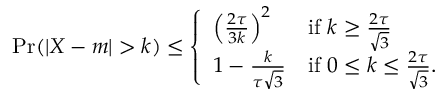
\operatorname* { P r } ( | X - m | > k ) \leq { \left\{ \begin{array} { l l } { \left( { \frac { 2 \tau } { 3 k } } \right) ^ { 2 } } & { { \mathrm { i f ~ } } k \geq { \frac { 2 \tau } { \sqrt { 3 } } } } \\ { 1 - { \frac { k } { \tau { \sqrt { 3 } } } } } & { { \mathrm { i f ~ } } 0 \leq k \leq { \frac { 2 \tau } { \sqrt { 3 } } } . } \end{array} \right. }